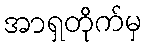
အာရှတိုက်မှ